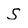
Character: s